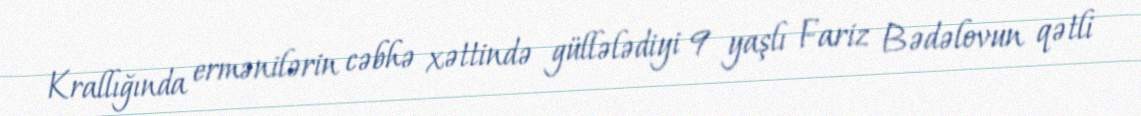
Krallığında ermənilərin cəbhə xəttində güllələdiyi 9 yaşlı Fariz Bədəlovun qətli